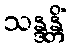
သန္ဒန္တိံ